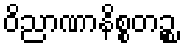
ဝိညာဏာနိစ္စတဉ္စ